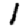
Digit: 1